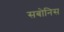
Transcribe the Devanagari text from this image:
सबोनिस